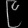
Digit: ၉